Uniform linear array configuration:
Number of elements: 12
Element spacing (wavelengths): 0.75
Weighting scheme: hann
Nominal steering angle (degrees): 60
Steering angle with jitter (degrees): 59.365
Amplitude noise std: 0.05
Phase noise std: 0.05

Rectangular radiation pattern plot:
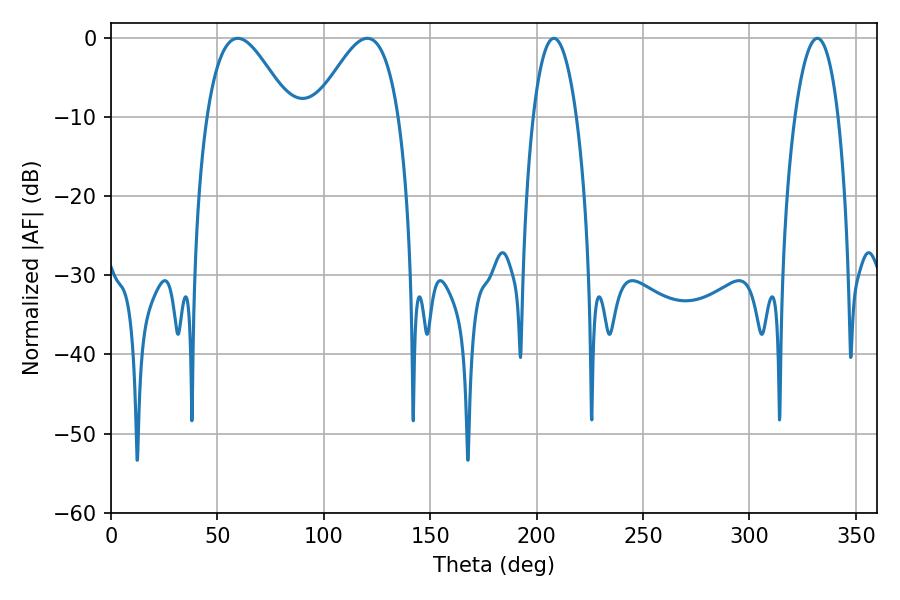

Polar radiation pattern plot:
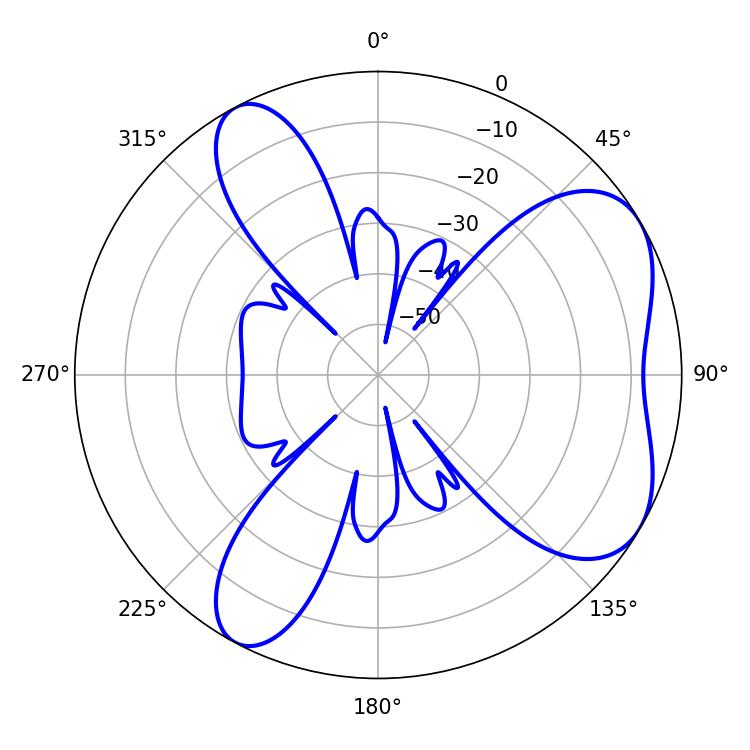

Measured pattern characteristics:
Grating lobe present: TRUE
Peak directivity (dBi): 5.754
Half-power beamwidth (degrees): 21.06
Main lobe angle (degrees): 59.58